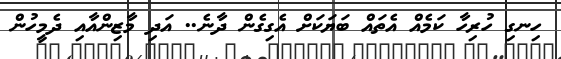
ހިނގި ހުރިހާ ކަމެއް އެތައް ބަޔަކަށް އެގިގެން ދާނެ.. އަދި މާޒިންއާއި ދެމީހުން